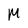
Character: M